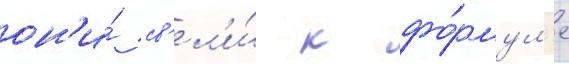
он'и́ св'ел'и́ к фо́рмул'е